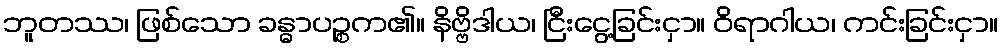
ဘူတဿ၊ ဖြစ်သော ခန္ဓာပဉ္စက၏။ နိဗ္ဗိဒါယ၊ ငြီးငွေ့ခြင်းငှာ။ ဝိရာဂါယ၊ ကင်းခြင်းငှာ။